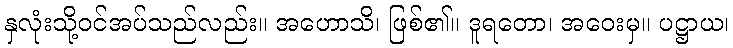
နှလုံးသို့ဝင်အပ်သည်လည်း။ အဟောသိ၊ ဖြစ်၏။ ဒူရတော၊ အဝေးမှ။ ပဋ္ဌာယ၊